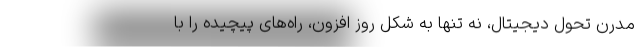
مدرن تحول دیجیتال، نه تنها به شکل روز افزون، راه‌های پیچیده را با